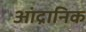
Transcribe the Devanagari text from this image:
आंद्रानिक